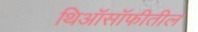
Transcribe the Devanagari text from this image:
थिऑसॉफीतील